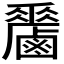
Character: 𪊁